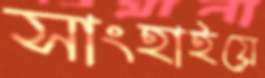
সাংহাইয়ে